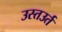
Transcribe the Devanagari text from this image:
उस्तउर्त